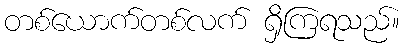
တစ်ယောက်တစ်လက် ရှိကြရသည်။